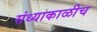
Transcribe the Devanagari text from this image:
संध्याकाळीच